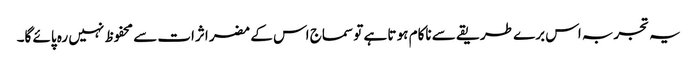
یہ تجربہ اس برے طریقے سے ناکام ہو تا ہے تو سماج اس کے مضر اثرات سے محفوظ نہیں رہ پائے گا۔